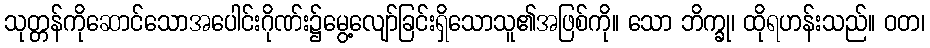
သုတ္တန်ကိုဆောင်သောအပေါင်းဂိုဏ်း၌မွေ့လျော်ခြင်းရှိသောသူ၏အဖြစ်ကို။ သော ဘိက္ခု၊ ထိုရဟန်းသည်။ ဝတ၊